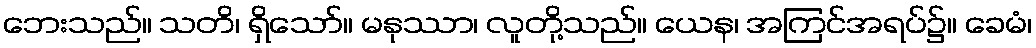
ဘေးသည်။ သတိ၊ ရှိသော်။ မနုဿာ၊ လူတို့သည်။ ယေန၊ အကြင်အရပ်၌။ ခေမံ၊